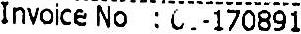
INVOICE NO : 0-170891